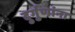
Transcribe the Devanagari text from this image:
दुर्गुणांना